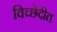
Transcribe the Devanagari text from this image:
विच्छेदीत